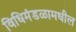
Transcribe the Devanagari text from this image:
विधिमंडळामधील